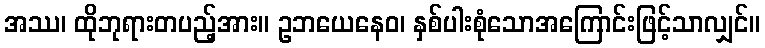
အဿ၊ ထိုဘုရားတပည့်အား။ ဥဘယေနေဝ၊ နှစ်ပါးစုံသောအကြောင်းဖြင့်သာလျှင်။